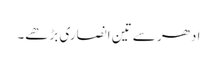
ادھر سے تین انصاری بڑھے۔